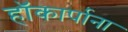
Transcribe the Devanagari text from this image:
हॉकार्पाना